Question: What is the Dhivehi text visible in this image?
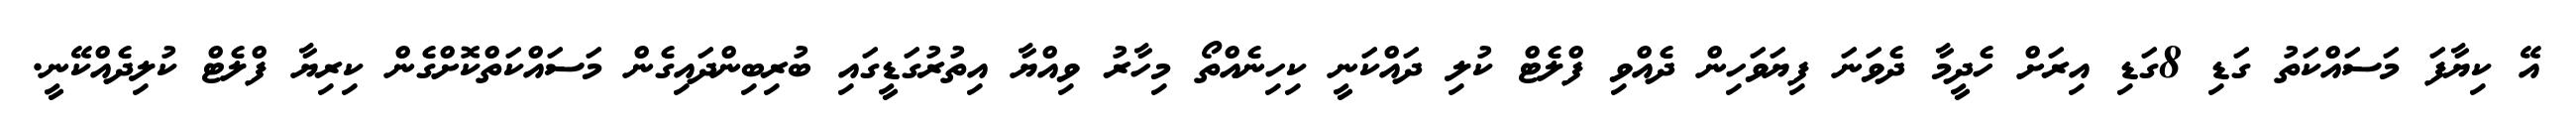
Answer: އޭ ކިޔާފަ މަސައްކަތު ގަޑި 8ގަޑި އިރަށް ހެދީމާ ދެވަނަ ފިޔަވަހިން ދެއްވި ފްލެޓް ކުލި ދައްކަނީ ކިހިނެއްތޯ މިހާރު ވިއްޔާ އިތުރުގަޑީގައި ބުރިބިންދައިގެން މަސައްކަތްކޮށްގެން ކިރިޔާ ފްލެޓް ކުލިދެއްކޭނީ.